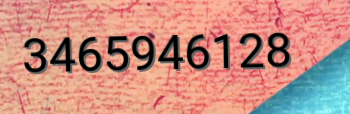
3465946128